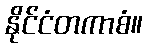
နိုင်ငံတကာစံ။